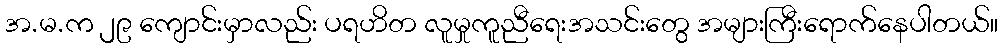
အ.မ.က ၂၉ ကျောင်းမှာလည်း ပရဟိတ လူမှုကူညီရေးအသင်းတွေ အများကြီးရောက်နေပါတယ်။